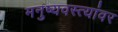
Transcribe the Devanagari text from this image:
मनुष्यवस्त्यांवर